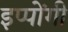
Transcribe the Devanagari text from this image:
इप्पोंगी